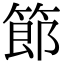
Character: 𫂉